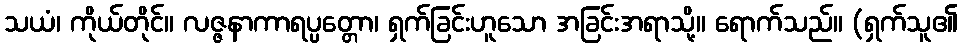
သယံ၊ ကိုယ်တိုင်။ လဇ္ဇနာကာရပ္ပတ္တော၊ ရှက်ခြင်းဟူသော အခြင်းအရာသို့။ ရောက်သည်။ (ရှက်သူ၏